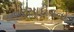
વરસાદીવનો